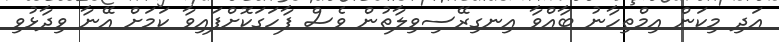
އަދި މިކަން އިމްތިހާނު ބާއްވާ އިނގިރޭސިވިލާތުން ވެސް ފާހަގަކޮށްފައިވާ ކަމަށް އޭނާ ވިދާޅުވި